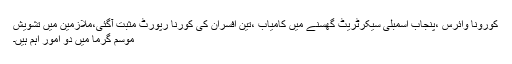
کورونا وائرس ،پنجاب اسمبلی سیکرٹریٹ گھسنے میں کامیاب ،تین افسران کی کورنا رپورٹ مثبت آگئی،ملازمین میں تشویش
موسم گرما میں دو امور اہم ہیں۔